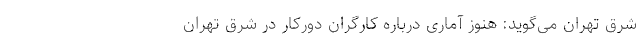
شرق تهران می‌گوید: هنوز آماری درباره کارگران دورکار در شرق تهران